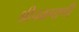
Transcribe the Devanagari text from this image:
श्रीचक्रपाणी